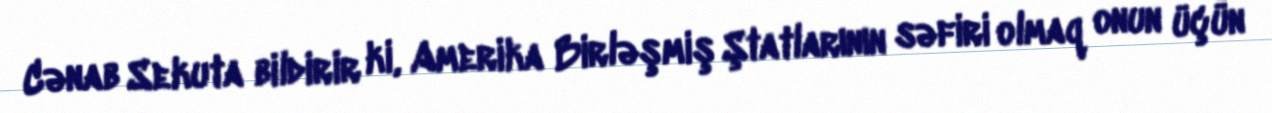
Cənab Sekuta bildirir ki, Amerika Birləşmiş Ştatlarının səfiri olmaq onun üçün